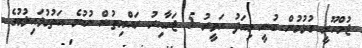
ޖުމްހޫރީ ގުޅުމުން ބުނީ މިއަދު ހަވީރު 5 ޖަހާއިރު ރައްޔިތުން ނުކުމެ އަތުގުޅައިލުމުގެ